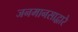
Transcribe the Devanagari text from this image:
जनमानसाद्वारे